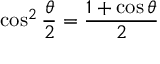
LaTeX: \cos ^ { 2 } { \frac { \theta } { 2 } } = { \frac { 1 + \cos \theta } { 2 } }